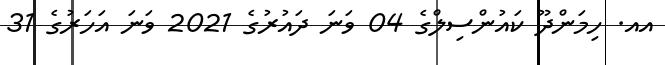
އއ. ހިމަންދޫ ކައުންސިލްގެ 04 ވަނަ ދައުރުގެ 2021 ވަނަ އަހަރުގެ 31